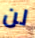
لن